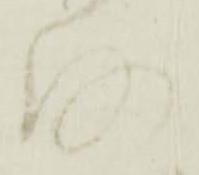
沙